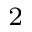
_ 2